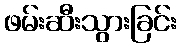
ဖမ်းဆီးသွားခြင်း